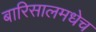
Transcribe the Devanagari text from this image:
बारिसालमधेच